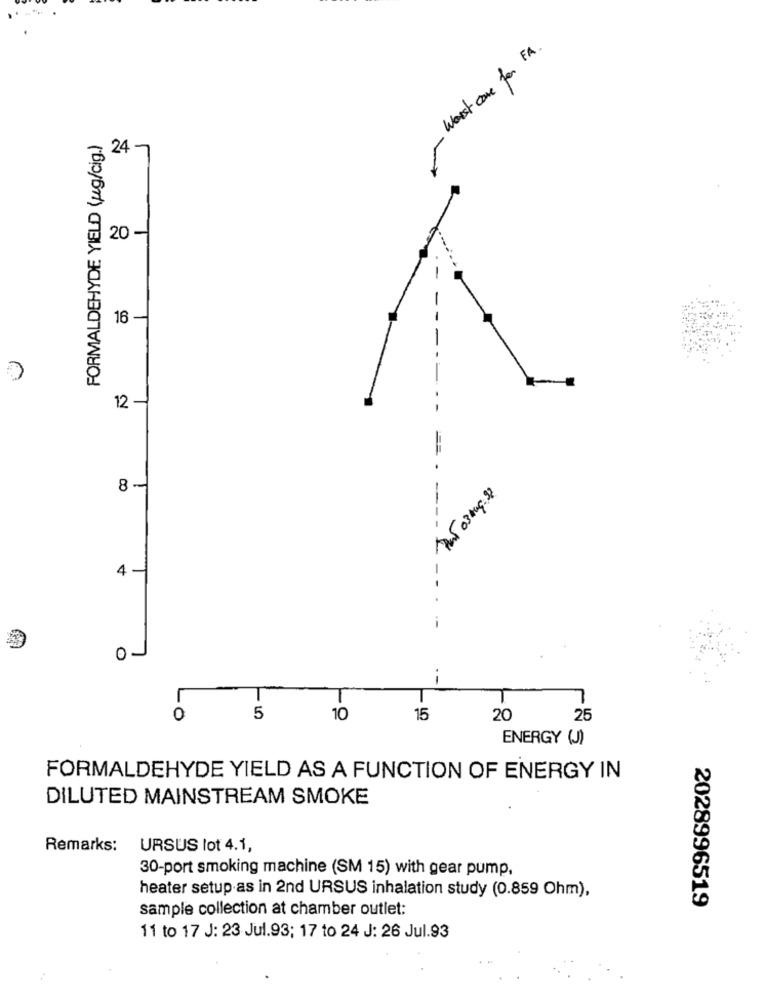
Worst case for FA.
FORMALDEHYDE YIELD (ug/cig.)
24 7
20 -
16 -
12
8-
Pat 03 Aug.32
4 -
--
--
0-
--
T
0
5
10
15
20
25
ENERGY (J)
FORMALDEHYDE YIELD AS A FUNCTION OF ENERGY IN
DILUTED MAINSTREAM SMOKE
Remarks:
URSUS lot 4.1,
30-port smoking machine (SM 15) with gear pump,
heater setup as in 2nd URSUS inhalation study (0.859 Ohm),
2028996519
sample collection at chamber outlet:
11 to 17 J: 23 Jul.93; 17 to 24 J: 26 Jul.93